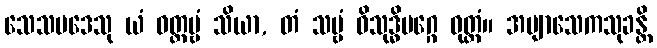
သေသပဒေသု ယံ ဝတ္တဗ္ဗံ သိယာ, တံ သဗ္ဗံ ဝိသုဒ္ဓိမဂ္ဂေ ဝုတ္တံ။ အဗျာသေကသုခန္တိ